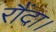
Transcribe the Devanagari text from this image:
रौंदा।